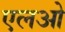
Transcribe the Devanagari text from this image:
एलओ